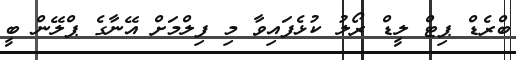
ބްރެޑް ޕިޓް ލީޑް ރޯލު ކުޅެފައިވާ މި ފިލްމަށް އޭނާގެ ޕްލޭން ބީ